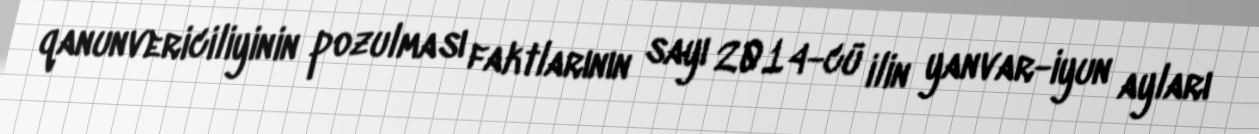
qanunvericiliyinin pozulması faktlarının sayı 2014-cü ilin yanvar-iyun ayları